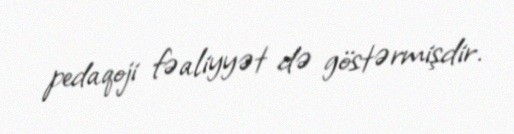
pedaqoji fəaliyyət də göstərmişdir.